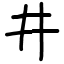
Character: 井